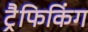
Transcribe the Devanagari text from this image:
ट्रैफिकिंग